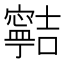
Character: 𡫸